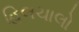
હિલચાલો